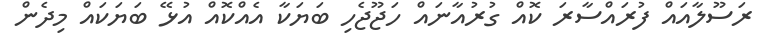
ރަސޫލާއައް ފުރައްސާރަ ކޮއް ގުރުއާނައް ހަޖޫޖެހި ބަޔަކާ އެއްކޮއް އުޅޭ ބަޔަކައް މިދެން